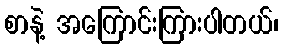
စာနဲ့ အကြောင်းကြားပါတယ်၊